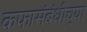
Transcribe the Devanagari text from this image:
कफासंबंधीच्या